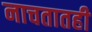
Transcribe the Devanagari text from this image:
नाचतातही